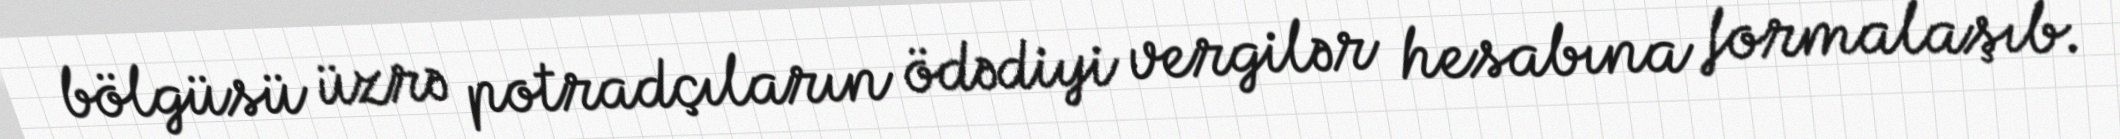
bölgüsü üzrə potradçıların ödədiyi vergilər hesabına formalaşıb.